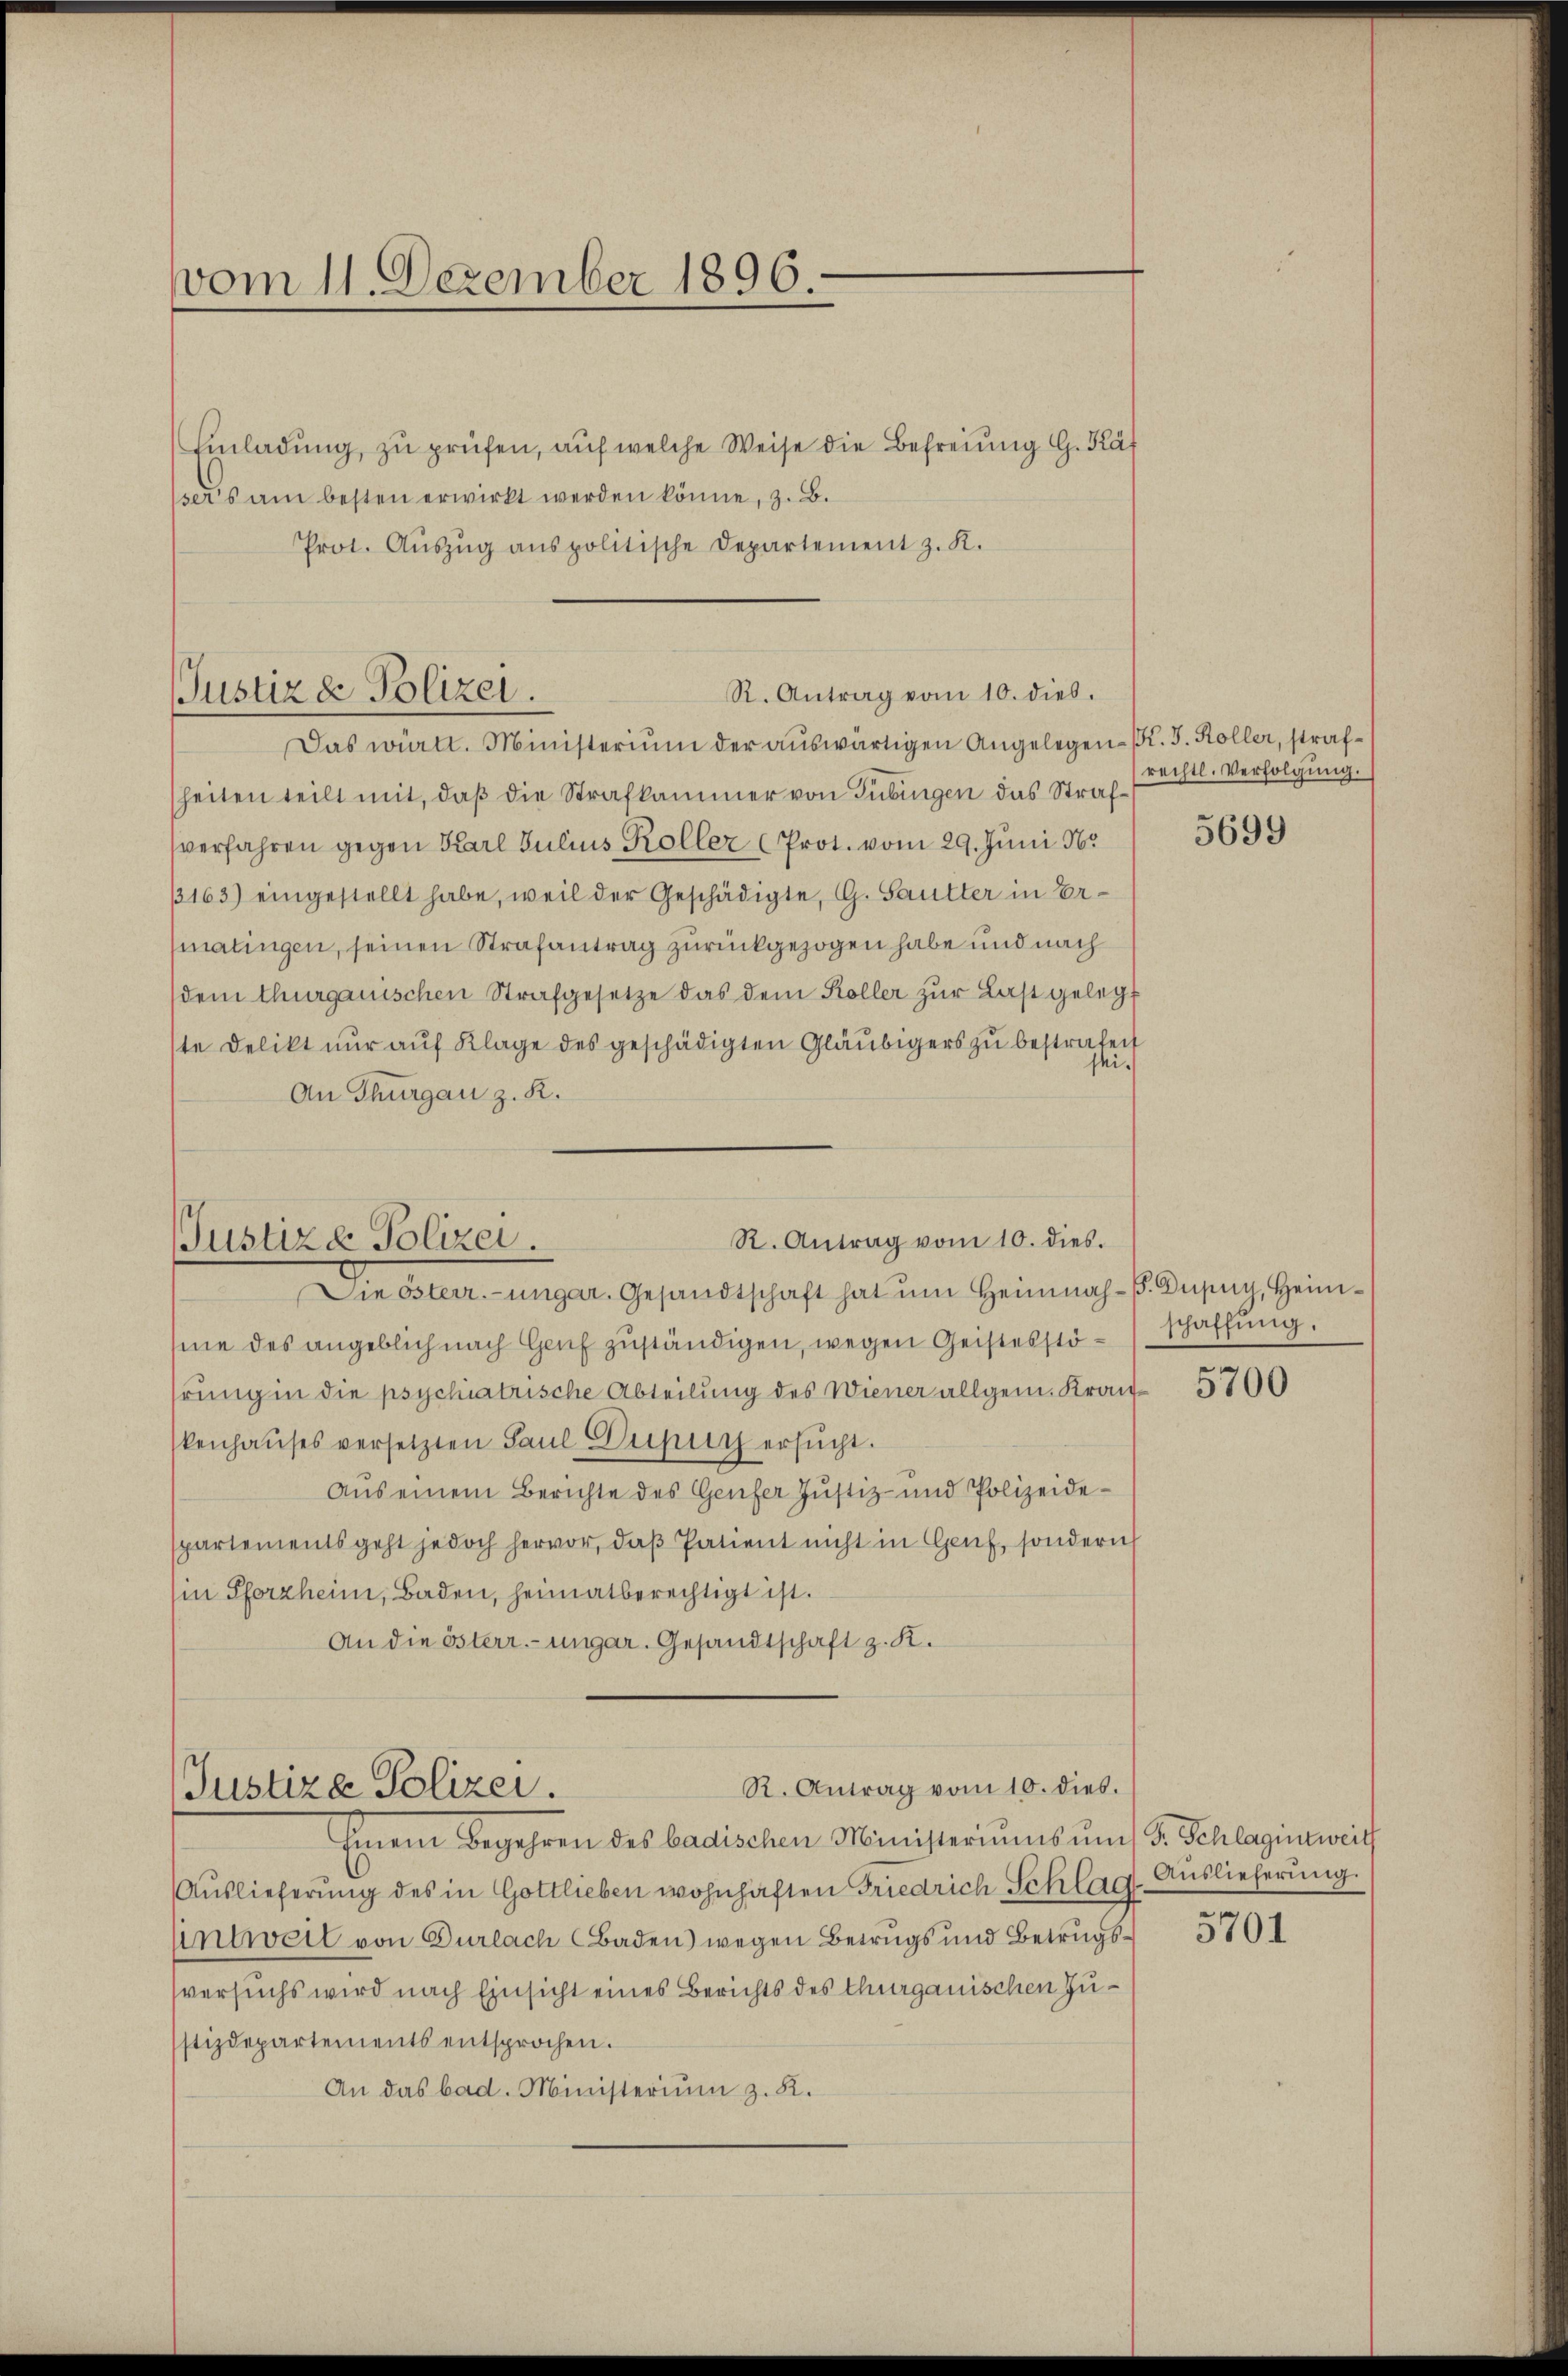
vom 11. Dezember 1896.

Einladung, zu prüfen, auf welche Weise die Befreiung G. Käf
ssers am besten erwirkt werden könne, z. B.
Prot. Aŭszŭg anspolitische Departement z. K.

R. Antrag vom 10. dies.
Justiz & Polizei.

Das württ. Ministerium der aŭswärtigen Angelegen K. J. Koller, strafheiten teilt mit, daß die Strafkammer von Tübingen das Strafverfahren gegen Karl Julius Koller (Prot. vom 29. Juni 16.
13163) eingestellt habe, weil der Geschädigte, G. Saulter in Ermatingen, seinen Strafantrag zurückgezogen habe und nach
dem Thurgauischen Strafgesetze das dem Koller zŭr Last gelegt
ste Delikt nŭr aŭf Klage des geschädigten Gläubigers zu bestrafen
ei.
An Thurgau z. R.
Die österr.-ungar. Gesandtschaft hat um Heimnah-. Dupuy, Heimsine des angeblich nach Genf zuständigen, wegen Geistesstö-Schaffung
hrung in die psychiatrische Abteilung des Wiener allgem. Krankenhauses versetzten Paul Purpur ersŭcht.
Aus einem Berichte des Genfer Justiz- und Polizeidespartements geht jedoch hervor, daß Patient nicht in Genf, sondern
Ein Pforzheim, Baden, heimatberechtigt ist.
An die österr.-ungar. Gesandtschaft z. K.

R. Antrag vom 10. dies.
JJustiza Polizei.

R. Antrag vom 10. dies.
Justize Polizei.

rechtl. Verfolgung.
5699

Einem Begehren des badischen Ministeriŭms ŭm F. Schlagintweil
Auslieferung des in Gottlieben wohnhaften Friedrich Schlag Auslieferung.
Antweil von Dürlach Baden) wegen Betrugs und Betrugsversuchs wird nach Einsicht eines Berichts des Thurgauischen Zustizdepartements entsprochen.
An das bad. Ministerium z. B.

5700

5701